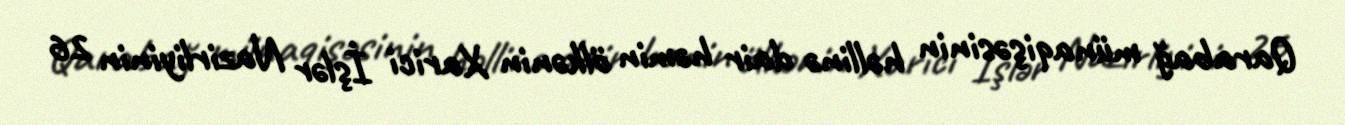
Qarabağ münaqişəsinin həllinə dair həmin ölkənin Xarici İşlər Nazirliyinin 26